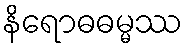
နိရောဓဓမ္မဿ